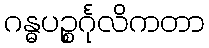
ဂန္ဓပဉ္စင်္ဂုလိကတာ